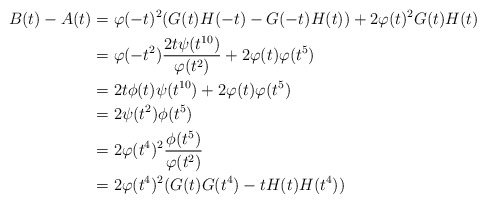
\begin{align*} B(t)-A(t) &= \varphi(-t)^2(G(t)H(-t)-G(-t)H(t))+2\varphi(t)^2G(t)H(t)\\ &= \varphi(-t^2)\dfrac{2t\psi(t^{10})}{\varphi(t^2)}+2\varphi(t)\varphi(t^5)\\ &= 2t\phi(t)\psi(t^{10})+2\varphi(t)\varphi(t^5)\\ &= 2\psi(t^2)\phi(t^5)\\ &= 2\varphi(t^4)^2\frac{\phi(t^5)}{\varphi(t^2)}\\ &= 2\varphi(t^4)^2(G(t)G(t^4)-tH(t)H(t^4))\end{align*}